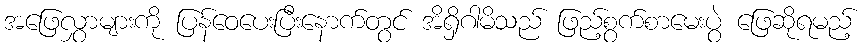
အဖြေလွှာများကို ပြန်ဝေပေးပြီးနောက်တွင် အိရှိဂါမိသည် ဖြည့်စွက်စာမေးပွဲ ဖြေဆိုရမည့်